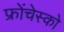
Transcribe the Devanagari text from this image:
फ्रोंचेस्को